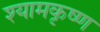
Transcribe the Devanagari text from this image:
श्यामकृष्ण